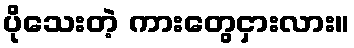
ပိုသေးတဲ့ ကားတွေငှားလား။